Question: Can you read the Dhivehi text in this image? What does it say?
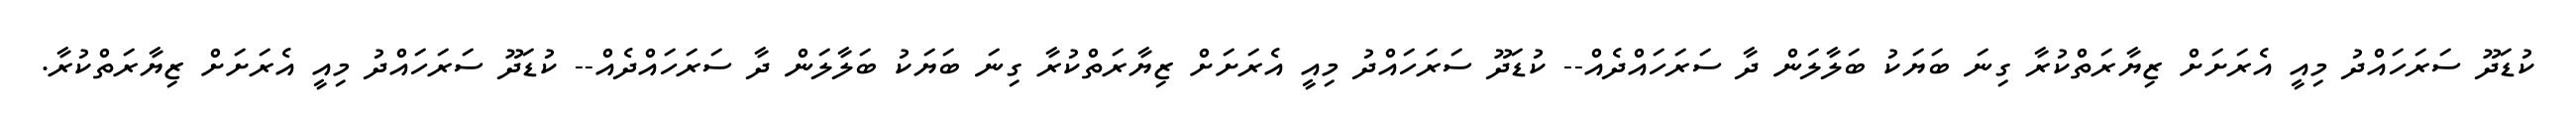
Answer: ކުޑަދޫ ސަރަހައްދު މިއީ އެރަށަށް ޒިޔާރަތްކުރާ ގިނަ ބަޔަކު ބަލާލަން ދާ ސަރަހައްދެއް-- ކުޑަދޫ ސަރަހައްދު މިއީ އެރަށަށް ޒިޔާރަތްކުރާ ގިނަ ބަޔަކު ބަލާލަން ދާ ސަރަހައްދެއް-- ކުޑަދޫ ސަރަހައްދު މިއީ އެރަށަށް ޒިޔާރަތްކުރާ.